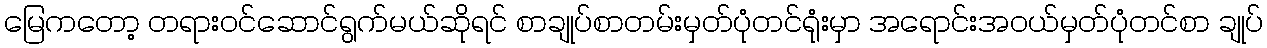
မြေကတော့ တရားဝင်ဆောင်ရွက်မယ်ဆိုရင် စာချုပ်စာတမ်းမှတ်ပုံတင်ရုံးမှာ အရောင်းအဝယ်မှတ်ပုံတင်စာ ချုပ်